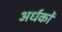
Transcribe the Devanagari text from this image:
अर्धकों